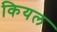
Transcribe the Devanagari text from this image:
कियल